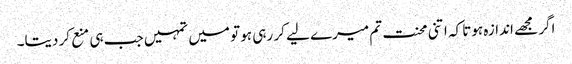
اگر مجھے اندازہ ہوتا کہ اتنی محنت تم میرے لیے کر رہی ہو تو میں تمہیں جب ہی منع کر دیتا۔